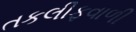
તકલીફવાળી